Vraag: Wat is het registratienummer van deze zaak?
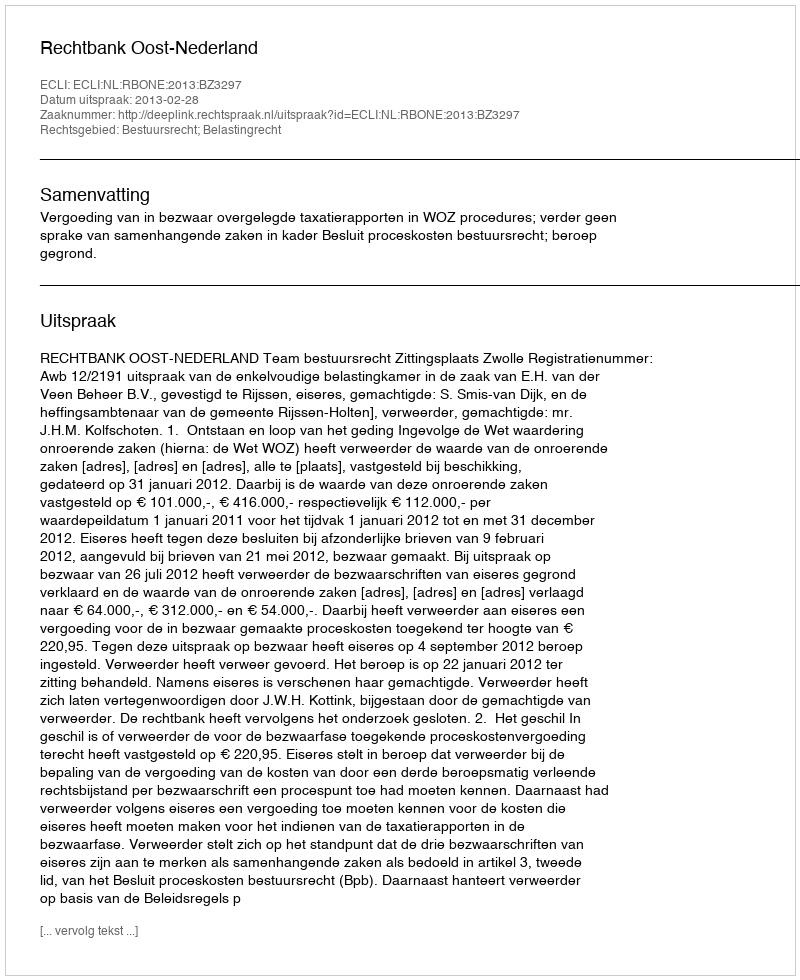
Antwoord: http://deeplink.rechtspraak.nl/uitspraak?id=ECLI:NL:RBONE:2013:BZ3297